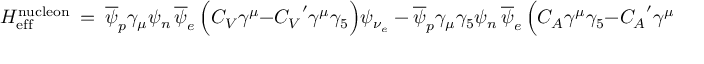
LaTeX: H _ { \mathrm { e f f } } ^ { \mathrm { n u c l e o n } } \ = \ \overline { { { \psi } } } _ { p } \gamma _ { \mu } \psi _ { n } \, \overline { { { \psi } } } _ { e } \, \Big ( C _ { V } \gamma ^ { \mu } - { C _ { V } } ^ { \prime } \gamma ^ { \mu } \gamma _ { 5 } \Big ) \psi _ { \nu _ { e } } \ - \ \overline { { { \psi } } } _ { p } \gamma _ { \mu } \gamma _ { 5 } \psi _ { n } \, \overline { { { \psi } } } _ { e } \, \Big ( C _ { A } \gamma ^ { \mu } \gamma _ { 5 } - { C _ { A } } ^ { \prime } \gamma ^ { \mu } \Big ) \psi _ { \nu _ { e } } \ \ ,